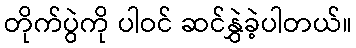
တိုက်ပွဲကို ပါဝင် ဆင်နွှဲခဲ့ပါတယ်။